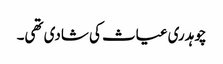
چوہدری غیاث کی شادی تھی۔